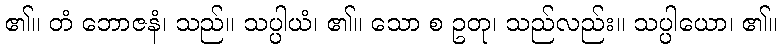
၏။ တံ ဘောဇနံ၊ သည်။ သပ္ပါယံ၊ ၏။ သော စ ဥတု၊ သည်လည်း။ သပ္ပါယော၊ ၏။